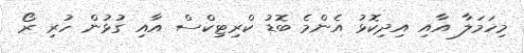
މިހަމަލާ އާއި އިދިކޮޅު އެންމެ ބޮޑު ކްރިޓިކްސް އާއި ގުޅުން ހުރި ރޯ